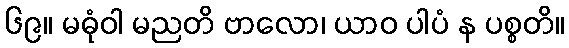
၆၉။ မဓုံဝါ မညတိ ဗာလော၊ ယာဝ ပါပံ န ပစ္စတိ။